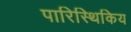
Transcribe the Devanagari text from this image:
पारिस्थिकिय